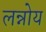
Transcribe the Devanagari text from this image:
लन्नोय